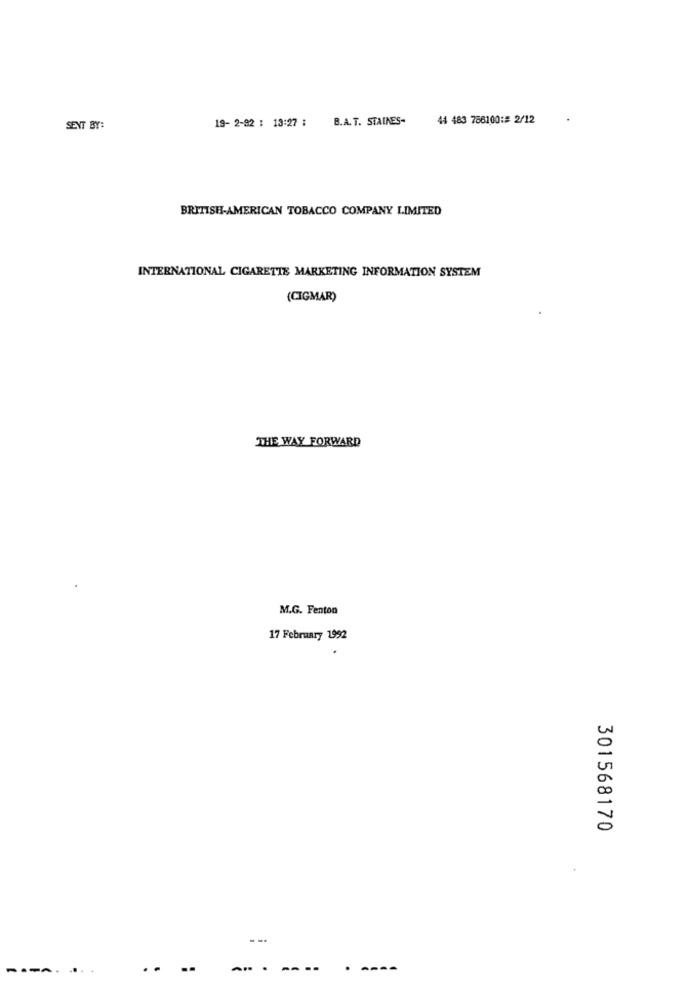
19- 2-92 : 13:27 :
B.A. T. STAINES-
44 483 766100:# 2/12
SENT BY:
BRITISH-AMERICAN TOBACCO COMPANY LIMITED
INTERNATIONAL CIGARETTE MARKETING INFORMATION SYSTEM
(CIGMAR)
THE WAY FORWARD
M.G. Fenton
17 February 1992
301568170
--
..